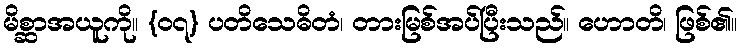
မိစ္ဆာအယူကို။ {၀၇} ပတိသေဓိတံ၊ တားမြစ်အပ်ပြီးသည်။ ဟောတိ၊ ဖြစ်၏။